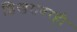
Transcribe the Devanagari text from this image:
शिखरावरही